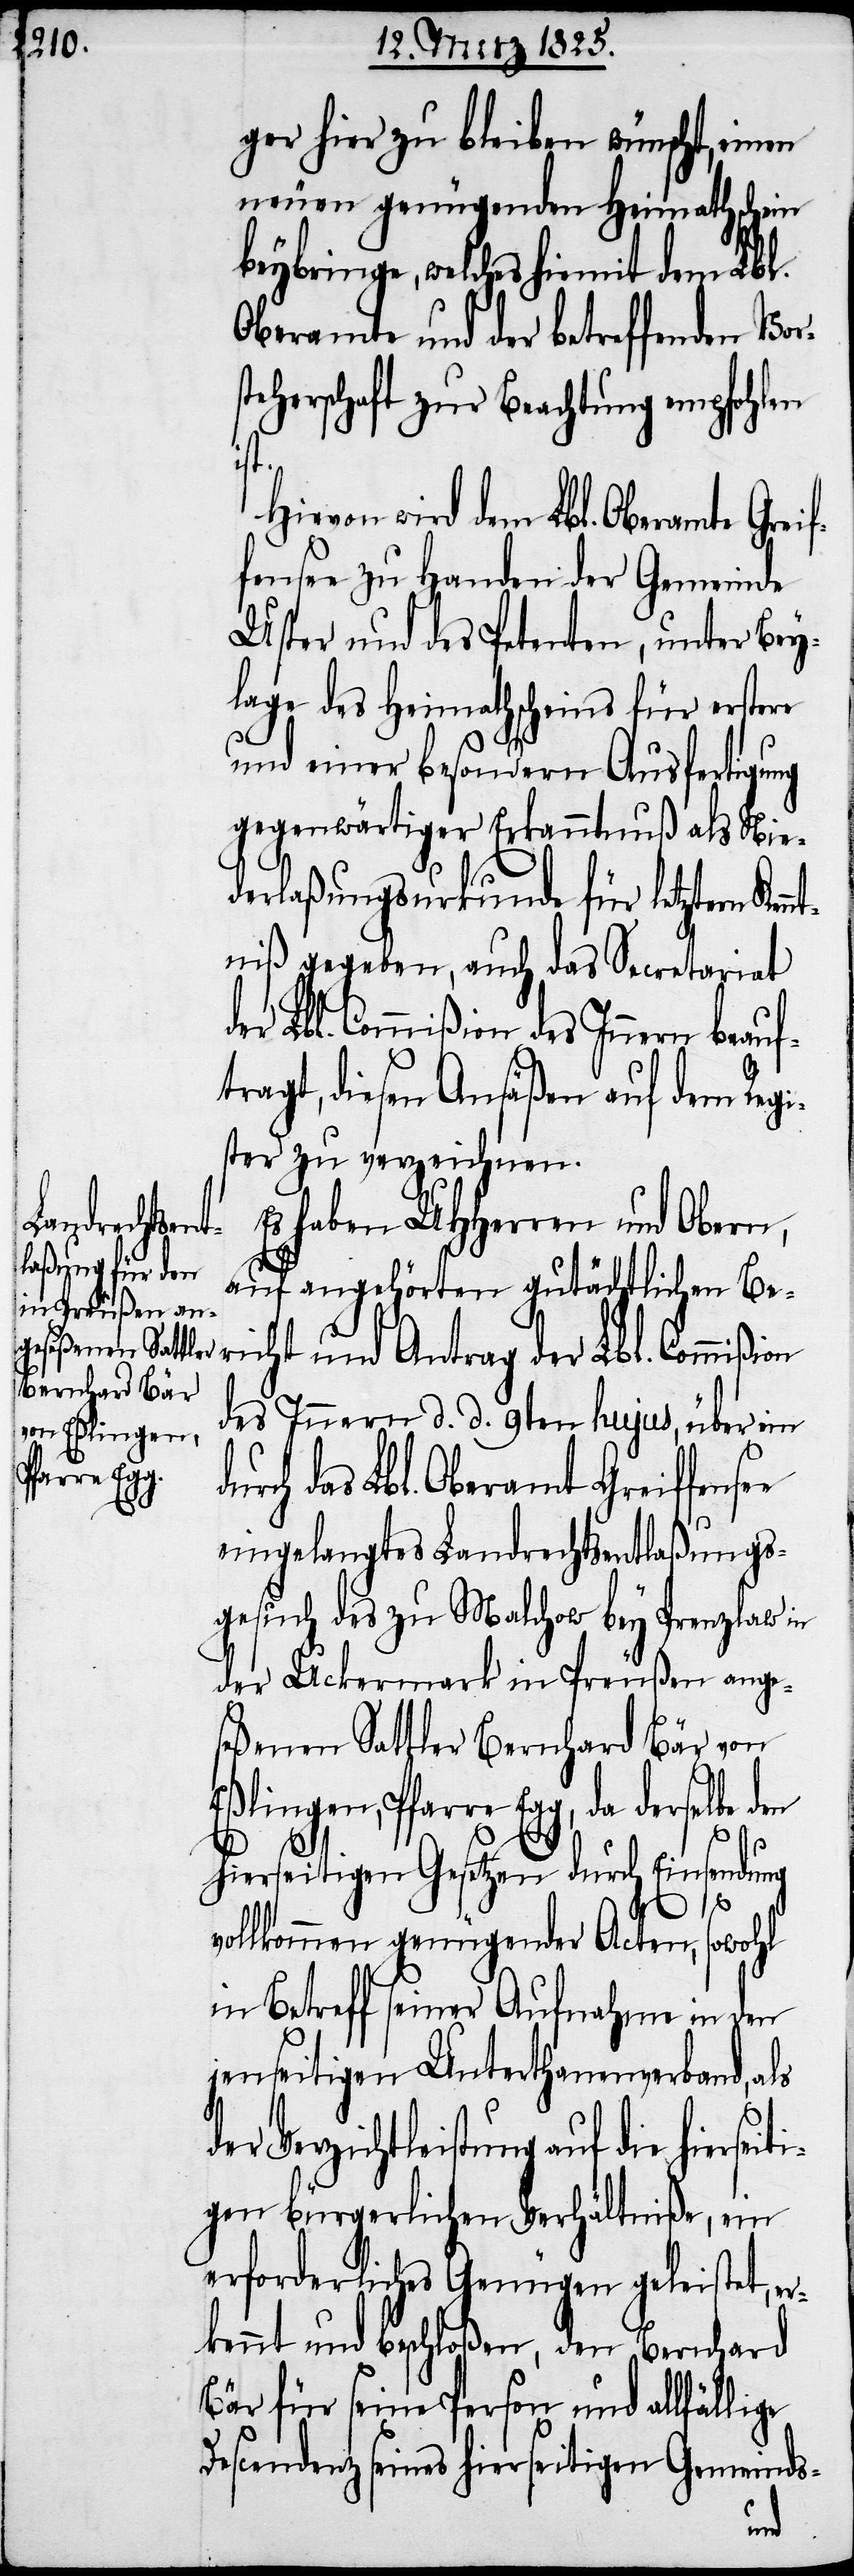
da derselbe
geseßenen Sattler
Bernhard Bär
von Eßlingen,
Pfarre Egg,

ger hier zu bleiben wünscht, einen
neuen genügenden Heimathschein
beybringe, welches hiemit dem Lbl.
Oberamte und der betreffenden Vor¬
eherschaft zur Beachtung empfohlen
st.
Hievon wird dem Lbl. Oberamte Greif¬
fensee zu Handen der Gemeinde
Uster und des Petenten, unter Bey¬
lage des Heimathscheins für erstere
und einer besondern Ausfertigung
gegenwärtiger Erkanntnuß als Nie¬
derlaßungsurkunde für letztern Kennt¬
niß gegeben, auch das Secretariat
der Lbl. Commißion des Innern beauf¬
tragt, diesen Ansäßen auf dem Reg¬
ister zu verzeichnen.
Es haben UHHerren und Obern,
auf angehörten gutächtlichen Be¬
richt und Antrag der Lbl. Commißi¬
des Innern d. d. 9ten hujus, über ein
rch das Lbl. Oberamt Greiffense¬
eingelangtes Landrechtsentlaßungs¬
gesuch des zu Malchow bey Prenzlaw in
der Uckermark in Preußen an¬
hierseitigen Gesetzen durch Einsendung
e
vollkommen genügender Acten, sowohl
in Betreff seiner Aufnahme in den
jenseitigen Unterthanenverband, als
Verzichtleistung auf die hiersei¬
gen bürgerlichen Verhältniße, ein
erforderliches Genügen geleistet,
kennt und beschloßen, den Bernhard
Bär für seine Person und allfällige
Descendenz seines hierseitigen Gemeinds-
er¬